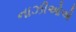
નાઝીઓએ